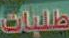
طلبات